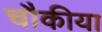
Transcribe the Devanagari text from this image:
चौकीया